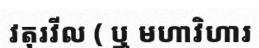
វតុរវីល ( ឬ មហាវិហារ